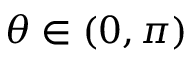
\theta \in ( 0 , \pi )